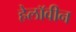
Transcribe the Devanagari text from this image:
हेलाॅवीन